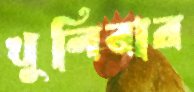
খুলিবার